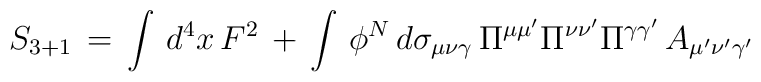
S_{3+1} \, = \, \int\, d^4x \, F^2 \, + \, \int \,\phi^N \, d\sigma_{\mu\nu\gamma} \, \Pi^{\mu\mu'}\Pi^{\nu\nu'}\Pi^{\gamma\gamma'} \, A_{\mu'\nu'\gamma'}